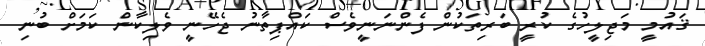
ޤައުމީ މަޖިލީހުގެ ކުރީ ބަރިތަކުން ފެންނަނީވެސް ކައްޕިތާނު ޖެހޭނީ ވެލިކާން ކަމަށް ބުނި